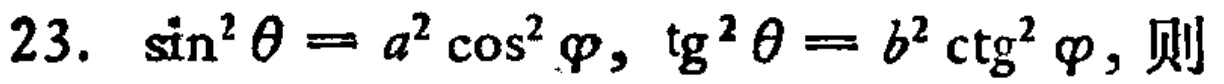
$23.\ \sin^{2}\theta = a^{2}\cos^{2}\varphi,\ \text{tg}^{2}\theta = b^{2}\text{ctg}^{2}\varphi,\ \text{则}$